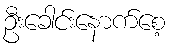
ဦးခေါင်းနောက်စေ့